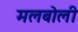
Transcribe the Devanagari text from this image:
मलबोली